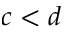
c < d